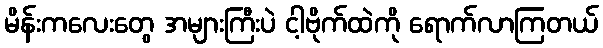
မိန်းကလေးတွေ အများကြီးပဲ ငါ့ဗိုက်ထဲကို ရောက်လာကြတယ်